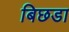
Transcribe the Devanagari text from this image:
बिछडा